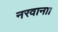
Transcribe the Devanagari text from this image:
नरवाना।